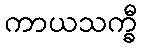
ကာယသက္ခီ